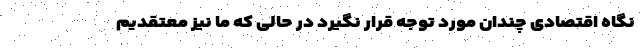
نگاه اقتصادی چندان مورد توجه قرار نگیرد در حالی که ما نیز معتقدیم